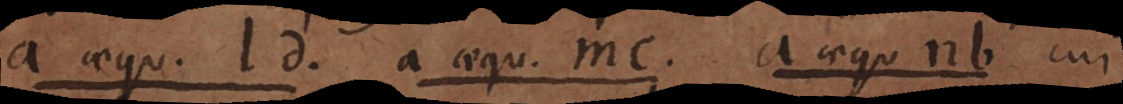
a aequ. ld. a aequ. mc. a aequ. nb cui